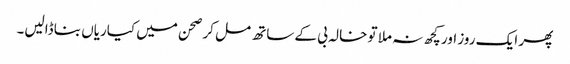
پھر ایک روز اور کچھ نہ ملا تو خالہ بی کے ساتھ مل کر صحن میں کیاریاں بنا ڈالیں۔